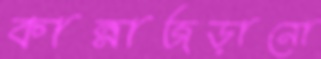
কান্নাজড়ানো